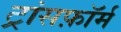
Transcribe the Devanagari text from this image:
ट्रांसफ़ॉर्म